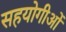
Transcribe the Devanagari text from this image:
सहयोगीओं